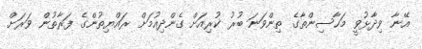
އޭނާ ވިދާޅުވީ މަހާސިންތާގެ ތިންވަނަ ބުރު ކުރިއަށް ގެންދިއުމަށް ރައްޔިތުންގެ ފަރާތުން ވަރަށް